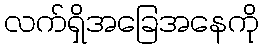
လက်ရှိအခြေအနေကို